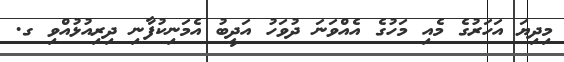
މިދިޔަ އަހަރުގެ މެއި މަހުގެ އެއްވަނަ ދުވަހު އަދީބު އެމަނިކުފާނި ދިރިއުޅުއްވި ގ.